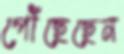
পৌঁছেছেন